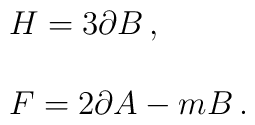
\begin{array}{rcl}&&  H=3\partial B\, ,\\ & & \\&&  F = 2\partial A - mB\, .\\\end{array}